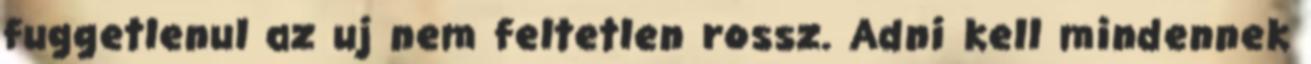
fuggetlenul az uj nem feltetlen rossz. Adni kell mindennek